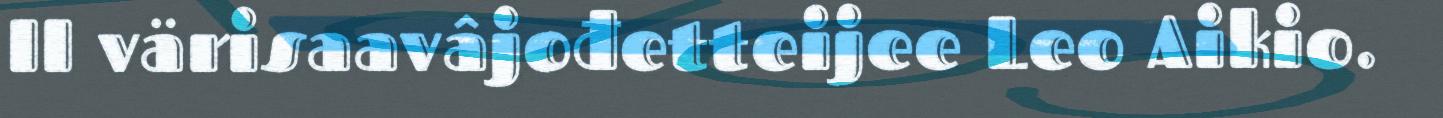
II värisaavâjođetteijee Leo Aikio.